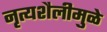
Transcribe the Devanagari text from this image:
नृत्यशैलीमुळे